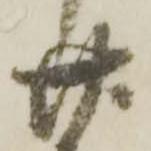
廿